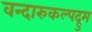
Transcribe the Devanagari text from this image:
वन्दारुकल्पद्रुम